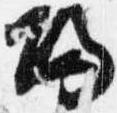
帰